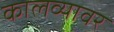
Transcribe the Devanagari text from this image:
कालव्यावर